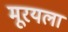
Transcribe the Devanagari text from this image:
मूरयला